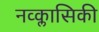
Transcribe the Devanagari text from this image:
नव्क्लासिकी